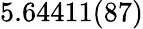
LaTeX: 5.64411(87)